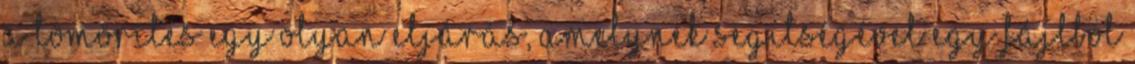
A tömörítés egy olyan eljárás, amelynek segítségével egy fájlból